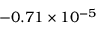
- 0 . 7 1 \times 1 0 ^ { - 5 }